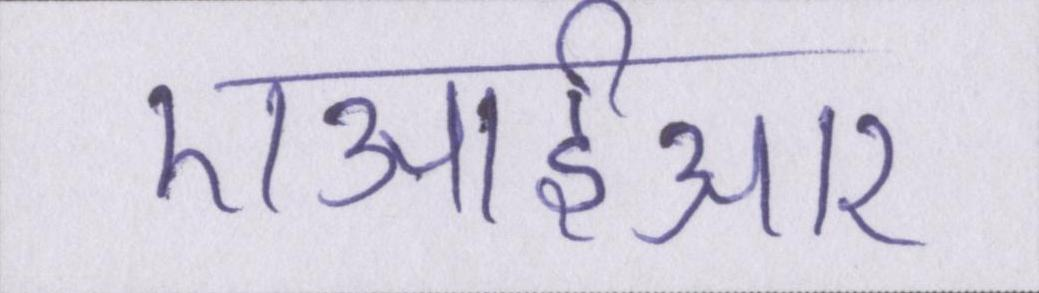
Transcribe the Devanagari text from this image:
एआईआर